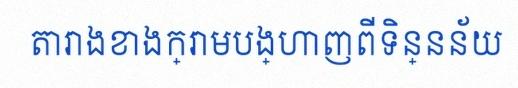
តារាងខាងក្រោមបង្ហាញពីទិន្នន័យ